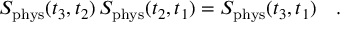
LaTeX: S _ { \mathrm { p h y s } } ( t _ { 3 } , t _ { 2 } ) \, S _ { \mathrm { p h y s } } ( t _ { 2 } , t _ { 1 } ) = S _ { \mathrm { p h y s } } ( t _ { 3 } , t _ { 1 } ) \ \ \ .